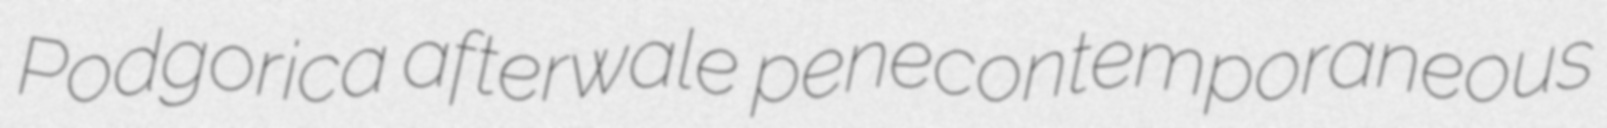
Podgorica afterwale penecontemporaneous